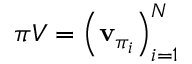
\pi V = \left( \mathbf { v } _ { \pi _ { i } } \right) _ { i = 1 } ^ { N }